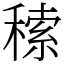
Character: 䅴